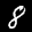
Label: 8